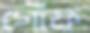
গোঁফ